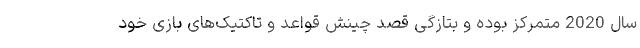
سال 2020 متمرکز بوده و بتازگی قصد چینش قواعد و تاکتیک‌های بازی خود